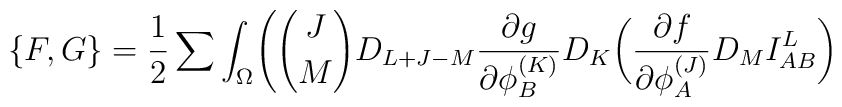
\{ F,G \}  ={1 \over 2}\sum \int_{\Omega}\Biggl( {J \choose M}D_{L+J-M}{{\partial g} \over {\partial\phi_B^{(K)}}}D_K\biggl({{\partial f} \over {\partial\phi_A^{(J)}}}D_M I_{AB}^L\biggr)